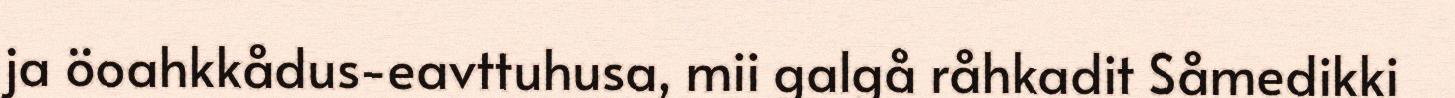
ja öoahkkådus-eavttuhusa, mii galgå råhkadit Såmedikki